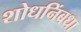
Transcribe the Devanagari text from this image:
शोधनिंबधा